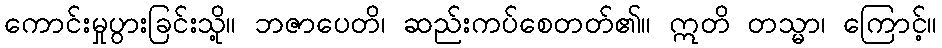
ကောင်းမှုပွားခြင်းသို့။ ဘဇာပေတိ၊ ဆည်းကပ်စေတတ်၏။ ဣတိ တသ္မာ၊ ကြောင့်။